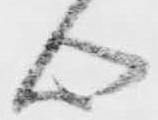
心